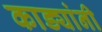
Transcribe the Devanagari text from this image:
काड्यांनी